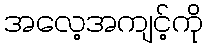
အလေ့အကျင့်ကို